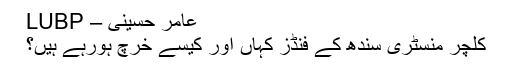
عامر حسینی – LUBP
کلچر منسٹری سندھ کے فنڈز کہاں اور کیسے خرچ ہورہے ہیں؟